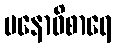
မနောဝိစာရေ